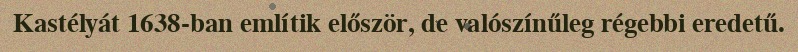
Kastélyát 1638-ban említik először, de valószínűleg régebbi eredetű.